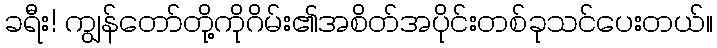
ခရီး! ကျွန်တော်တို့ကိုဂိမ်း၏အစိတ်အပိုင်းတစ်ခုသင်ပေးတယ်။